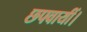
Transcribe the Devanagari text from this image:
छपवायीं।